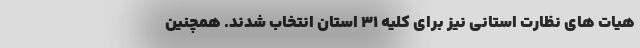
هیات های نظارت استانی نیز برای کلیه ۳۱ استان انتخاب شدند.‌ همچنین